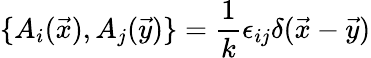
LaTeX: \{ A_{i}(\vec{x}),A_{j}(\vec{y})\} =\frac{1}{k}\epsilon_{ij}\delta(\vec{x}-\vec{y})